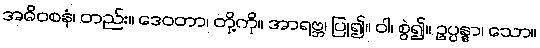
အဓိဝစနံ၊ တည်း။ ဒေဝတာ၊ တို့ကို။ အာရဗ္ဘ၊ ပြု၍။ ဝါ၊ စွဲ၍။ ဥပ္ပန္နာ၊ သော။